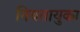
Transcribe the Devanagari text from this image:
नियतायुका